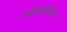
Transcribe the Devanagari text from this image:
लोकांखेरीज